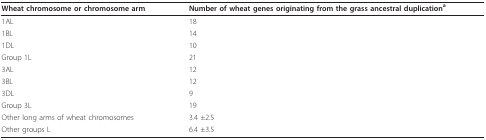
<table><thead><tr><td><b>Wheat chromosome or chromosome arm</b></td><td><b>Number of wheat genes originating from the grass ancestral duplication<sup>a</sup></b></td></tr></thead><tbody><tr><td>1AL</td><td>18</td></tr><tr><td>1BL</td><td>14</td></tr><tr><td>1DL</td><td>10</td></tr><tr><td>Group 1L</td><td>21</td></tr><tr><td>3AL</td><td>12</td></tr><tr><td>3BL</td><td>12</td></tr><tr><td>3DL</td><td>9</td></tr><tr><td>Group 3L</td><td>19</td></tr><tr><td>Other long arms of wheat chromosomes</td><td>3.4 ±2.5</td></tr><tr><td>Other groups L</td><td>6.4 ±3.5</td></tr></tbody></table>